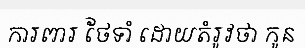
ការពារ ថែទាំ ដោយតំរូវថា កូន